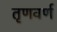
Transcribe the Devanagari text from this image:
तृणवर्ण